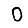
Digit: 0